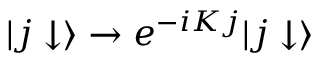
| j \downarrow \rangle \rightarrow e ^ { - i K j } | j \downarrow \rangle